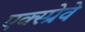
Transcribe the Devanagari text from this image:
एक्स्प्रेवे